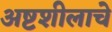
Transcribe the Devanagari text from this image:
अष्टशीलाचे